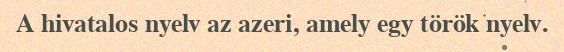
A hivatalos nyelv az azeri, amely egy török nyelv.